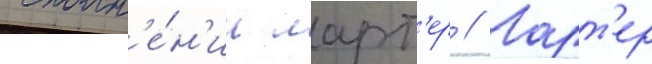
исполн'е́н'ии ларт'ер // Ларт'ер